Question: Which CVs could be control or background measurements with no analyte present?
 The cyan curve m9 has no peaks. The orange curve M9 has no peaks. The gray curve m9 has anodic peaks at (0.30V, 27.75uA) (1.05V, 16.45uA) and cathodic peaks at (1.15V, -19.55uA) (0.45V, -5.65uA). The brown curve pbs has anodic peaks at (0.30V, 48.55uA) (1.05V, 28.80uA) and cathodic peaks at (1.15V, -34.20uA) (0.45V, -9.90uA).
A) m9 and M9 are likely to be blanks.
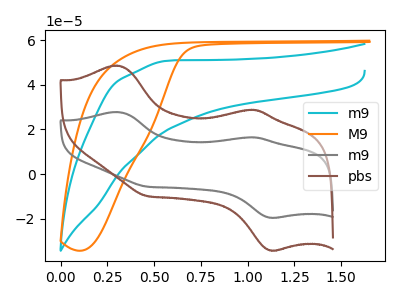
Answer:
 <answer>A) "m9" and "M9" are likely to be blanks.</answer>
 <eval>A</eval>